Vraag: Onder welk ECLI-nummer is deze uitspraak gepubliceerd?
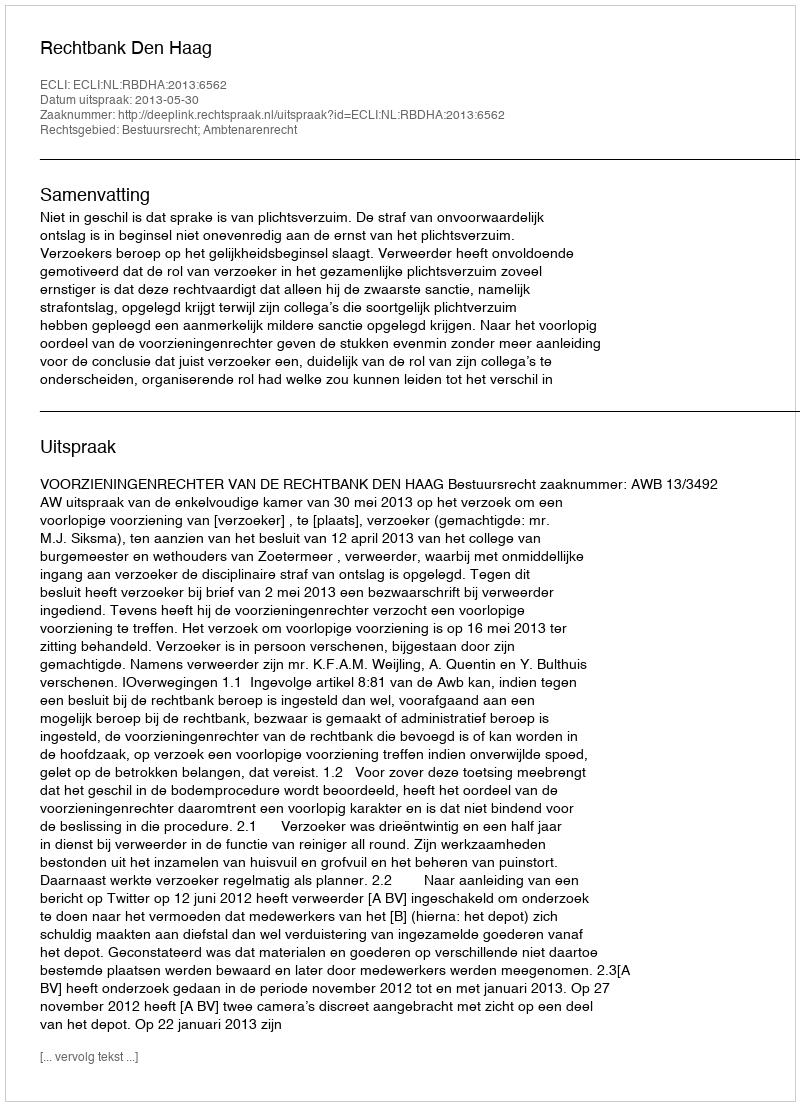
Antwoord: ECLI:NL:RBDHA:2013:6562